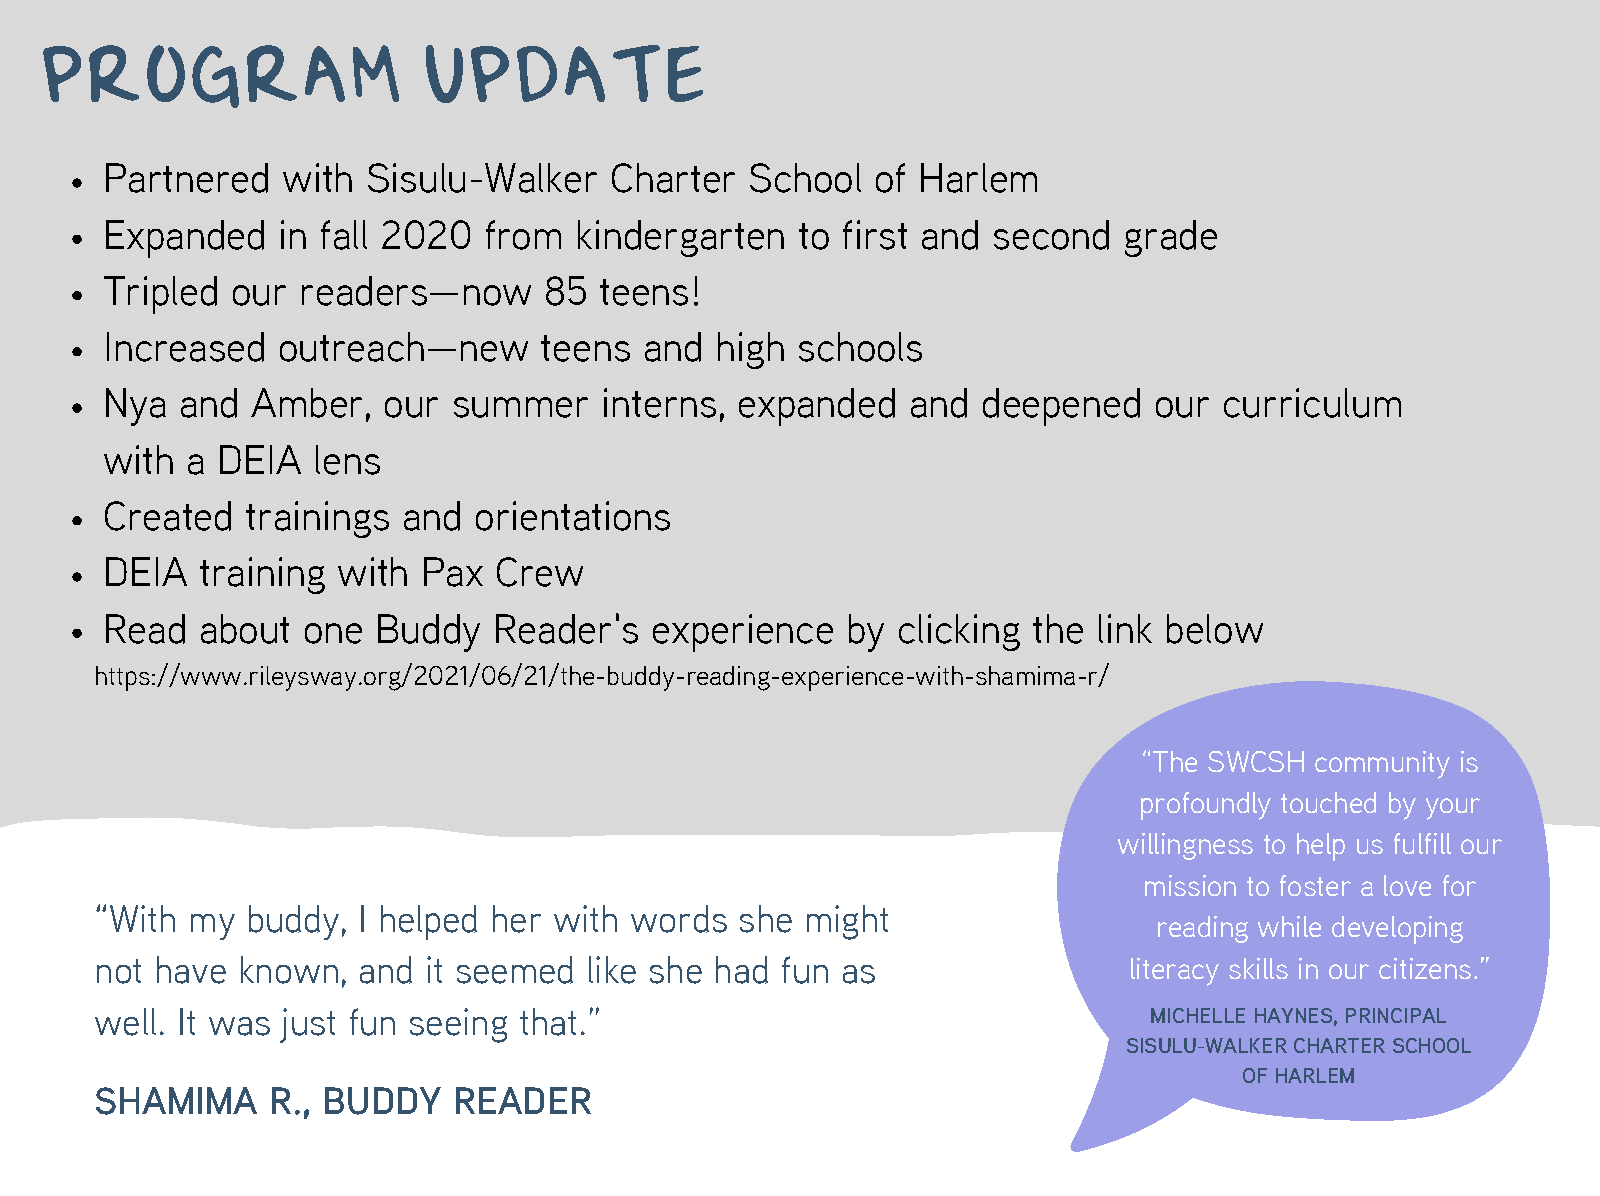
PROGRAM                  UPDATE
 Partnered   with Sisulu-Walker   Charter   School  of Harlem
 Expanded   in fall 2020  from  kindergarten   to first and second  grade
 Tripled our  readers—now     85  teens!
 Increased  outreach—new      teens  and high  schools
 Nya  and  Amber,  our  summer    interns, expanded   and  deepened   our  curriculum
 with a DEIA   lens
 Created  trainings  and orientations
 DEIA  training with  Pax  Crew
 Read  about  one  Buddy   Reader's  experience   by clicking the  link below
 https://www.rileysway.org/2021/06/21/the-buddy-reading-experience-with-shamima-r/
 “The SWCSH community is
 profoundly touched by your
 willingness to help us fulfill our
 mission to foster a love for
 “With my  buddy,  I helped her with words  she might
 reading while developing
 not have  known,  and it seemed  like she had fun as                 literacy skills in our citizens.”
 well. It was just fun seeing that.”                                   MICHELLE HAYNES, PRINCIPAL
 SISULU-WALKER CHARTER SCHOOL
 OF HARLEM
 SHAMIMA     R., BUDDY   READER